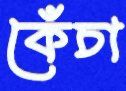
কেঁচা